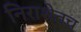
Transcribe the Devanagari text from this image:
निराशेतच